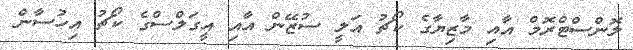
ލޮންސްޓްރޮމް އާއި މާޒިޔާގެ ކޯޗު އަލީ ސުޒޭން އާއި އީގަލްސްގެ ކޯޗު އިހުސާން